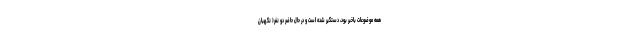
همه موضوعات باخبر بود، دستگیر شده است و در حال حاضر دو نفر( نگهبان